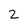
Character: 2